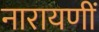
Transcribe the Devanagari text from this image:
नारायणीं